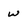
Character: w